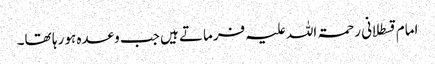
امام قسطلانی رحمۃ اللہ علیہ فرماتے ہیں جب وعدہ ہو رہا تھا۔